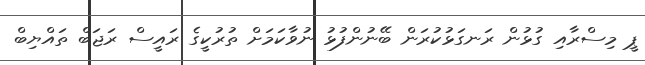
ޕީ މިސްރާއި ގުޅުން ރަނގަޅުކުރަން ބޭނުންފުޅު ނުވާކަމަށް ތުރުކީގެ ރައީސް ރަޖަބް ތައްޔިބް